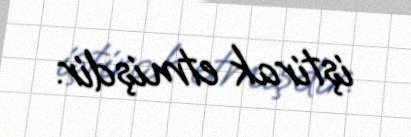
iştirak etmişdir.